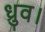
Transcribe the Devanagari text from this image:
ध्रुव।